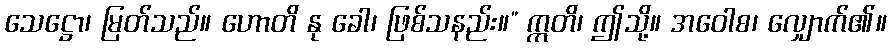
သေဋ္ဌော၊ မြတ်သည်။ ဟောတိ နု ခေါ၊ ဖြစ်သနည်း။” ဣတိ၊ ဤသို့။ အဝေါစ၊ လျှောက်၏။